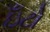
ઇઁટો